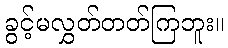
ခွင့်မလွှတ်တတ်ကြဘူး။